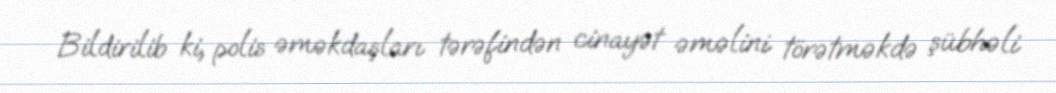
Bildirilib ki, polis əməkdaşları tərəfindən cinayət əməlini törətməkdə şübhəli